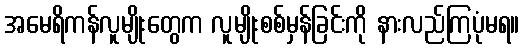
အမေရိကန်လူမျိုးတွေက လူမျိုးစစ်မှန်ခြင်းကို နားလည်ကြပုံမရ။